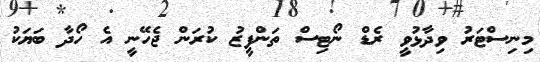
މިނިސްޓަރު ވިދާޅުވީ ރެޑް ނޯޓިސް ތަންފީޒު ކުރަން ޖެހޭނީ އެ ހޯދާ ބަޔަކު